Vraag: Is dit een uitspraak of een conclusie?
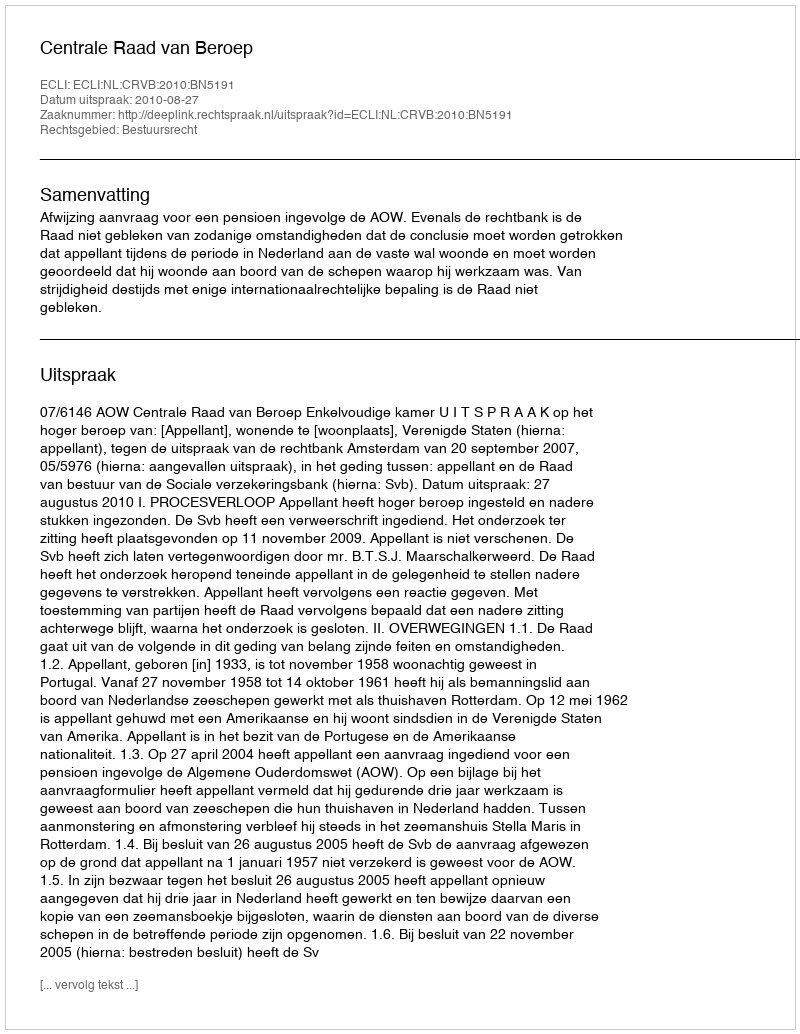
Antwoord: Uitspraak